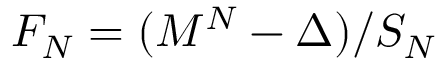
F _ { N } = ( M ^ { N } - \Delta ) / S _ { N }